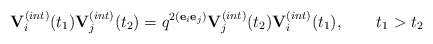
\begin{align*}{\bf V}^{(int)}_{i}(t_1){\bf V}^{(int)}_{j}(t_2)=q^{2({\bf e}_i{\bf e}_j)}{\bf V}^{(int)}_{j}(t_2){\bf V}^{(int)}_{i}(t_1),\qquad t_1>t_2\end{align*}